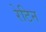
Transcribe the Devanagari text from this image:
रेटिन